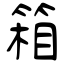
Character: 箱